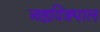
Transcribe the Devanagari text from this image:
अष्ठदिक्पाल